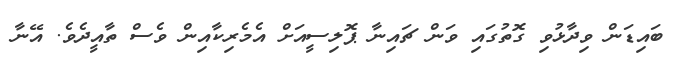
ބައިޑަން ވިދާޅުވި ގޮތުގައި ވަން ޗައިނާ ޕޮލިސީއަށް އެމެރިކާއިން ވެސް ތާއީދެވެ. އޭނާ